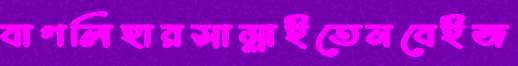
বাগলিহারসাম্‌লাইতেনবেইজ